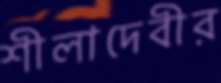
শীলাদেবীর